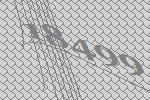
18499